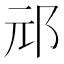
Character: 邧